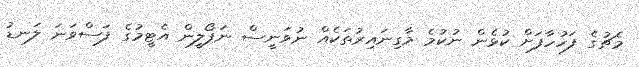
މެޗުގެ ފަހުހާފަށް ކުޅެން ނުކުމެ މާގިނައިރުތަކެއް ނުވަނީސް ނަޕޯލީން އެޓީމުގެ ފަސްވަނަ ލަނޑު